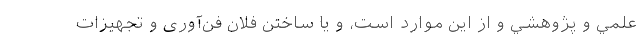
علمي و پژوهشي و از اين موارد است، و يا ساختن فلان فن‌آوری و تجهيزات